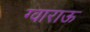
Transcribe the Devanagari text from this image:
ग्वाराऊ